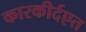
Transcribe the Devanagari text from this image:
कारकीर्दएत